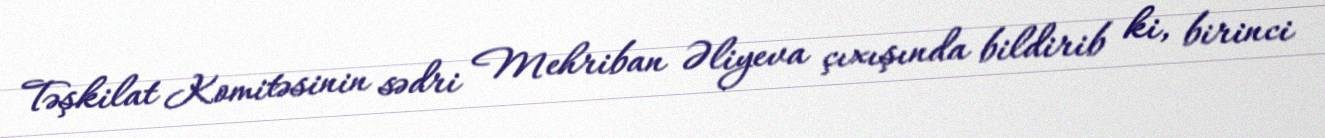
Təşkilat Komitəsinin sədri Mehriban Əliyeva çıxışında bildirib ki, birinci